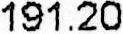
191.20